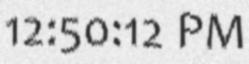
12:50:12 PM